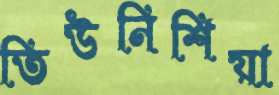
তিউনিশিয়া